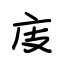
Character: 庋